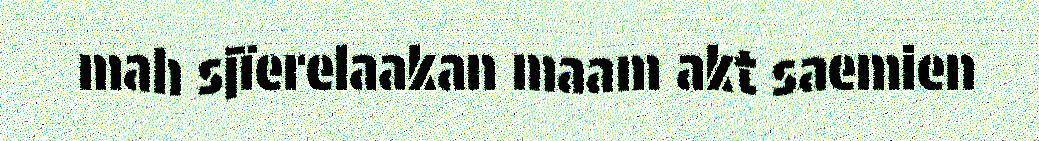
mah sjïerelaakan maam akt saemien